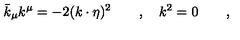
\bar { k } _ { \mu } k ^ { \mu } = - 2 ( k \cdot \eta ) ^ { 2 } \qquad , \quad k ^ { 2 } = 0 \qquad ,